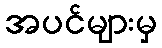
အပင်များမှ